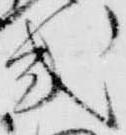
式